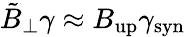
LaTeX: \tilde{B}_{\perp}\gamma\approx B_{\mathrm{up}}\gamma_{\mathrm{syn}}